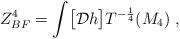
LaTeX: \begin{align*}Z_{BF}^{4}=\int\bigl[{\cal{D}}h\bigl]T^{-{1 \over 4}}(M_4)\;,\end{align*}